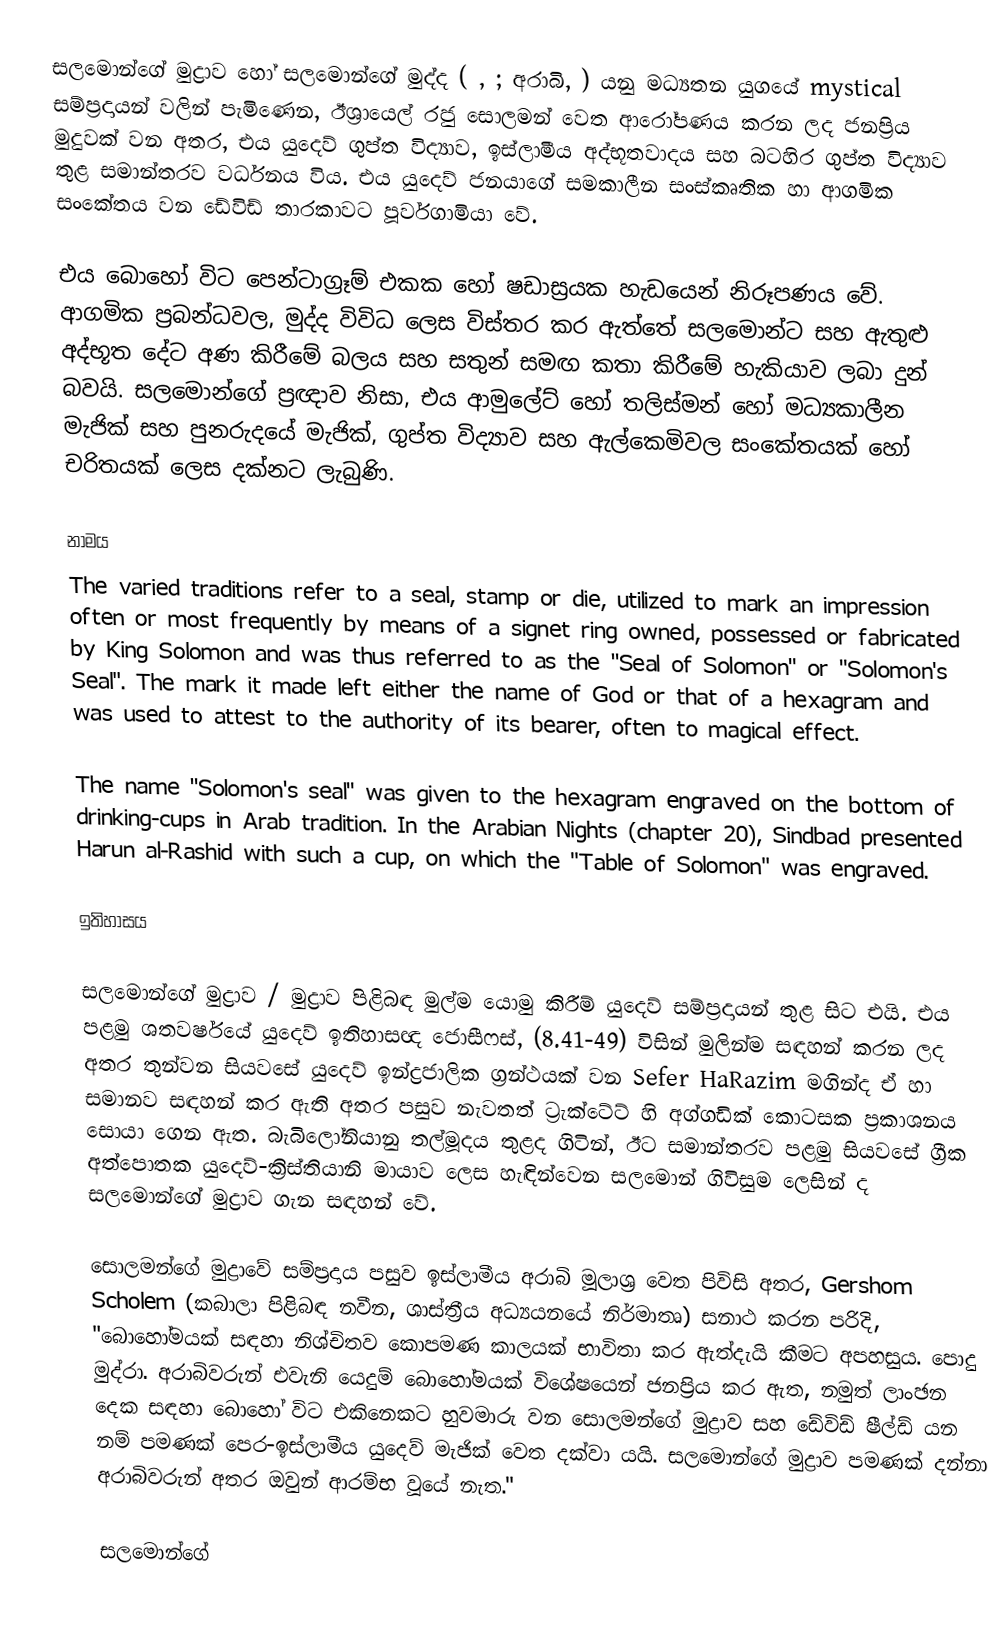
සලමොන්ගේ මුද්‍රාව හෝ සලමොන්ගේ මුද්ද (    ,  ; අරාබි,  ) යනු මධ්‍යතන යුගයේ mystical සම්ප්‍රදායන් වලින් පැමිණෙන, ඊශ්‍රායෙල් රජු සොලමන් වෙත ආරෝපණය කරන ලද ජනප්‍රිය මුදුවක් වන අතර, එය යුදෙව් ගුප්ත විද්‍යාව, ඉස්ලාමීය අද්භූතවාදය සහ බටහිර ගුප්ත විද්‍යාව තුළ සමාන්තරව වර්ධනය විය. එය යුදෙව් ජනයාගේ සමකාලීන සංස්කෘතික හා ආගමික සංකේතය වන ඩේවිඩ් තාරකාවට පූර්වගාමියා වේ.

එය බොහෝ විට පෙන්ටාග්‍රෑම් එකක හෝ ෂඩාස්‍රයක හැඩයෙන් නිරූපණය වේ. ආගමික ප්‍රබන්ධවල, මුද්ද විවිධ ලෙස විස්තර කර ඇත්තේ සලමොන්ට  සහ  ඇතුළු අද්භූත දේට අණ කිරීමේ බලය සහ සතුන් සමඟ කතා කිරීමේ හැකියාව ලබා දුන් බවයි. සලමොන්ගේ ප්‍රඥාව නිසා, එය ආමුලේට් හෝ තලිස්මන් හෝ මධ්‍යකාලීන මැජික් සහ පුනරුදයේ මැජික්, ගුප්ත විද්‍යාව සහ ඇල්කෙමිවල සංකේතයක් හෝ චරිතයක් ලෙස දක්නට ලැබුණි.

නාමය
The varied traditions refer to a  seal, stamp or die, utilized to mark an impression often or most frequently by means of a signet ring owned, possessed or fabricated by King Solomon and was thus referred to as the "Seal of Solomon" or "Solomon's Seal". The mark it made left either the name of God or that of a hexagram and was used to attest to the authority of its bearer, often to magical effect.

The name "Solomon's seal" was given to the hexagram engraved on the bottom of drinking-cups in Arab tradition. In the Arabian Nights (chapter 20), Sindbad presented Harun al-Rashid with such a cup, on which the "Table of Solomon" was engraved.

ඉතිහාසය

සලමොන්ගේ මුද්‍රාව / මුද්‍රාව පිළිබඳ මුල්ම යොමු කිරීම් යුදෙව් සම්ප්‍රදායන් තුළ සිට එයි. එය පළමු ශතවර්ෂයේ යුදෙව් ඉතිහාසඥ ජොසීෆස්,  (8.41-49) විසින් මුලින්ම සඳහන් කරන ලද අතර තුන්වන සියවසේ යුදෙව් ඉන්ද්‍රජාලික ග්‍රන්ථයක් වන Sefer HaRazim  මගින්ද ඒ හා සමානව සඳහන් කර ඇති අතර පසුව නැවතත් ට්‍රැක්ටේට් හි අග්ගඩික් කොටසක ප්‍රකාශනය සොයා ගෙන ඇත. බැබිලෝනියානු තල්මූදය තුළද ගිටින්,  ඊට සමාන්තරව පළමු සියවසේ ග්‍රීක අත්පොතක යුදෙව්-ක්‍රිස්තියානි මායාව ලෙස හැඳින්වෙන සලමොන් ගිවිසුම ලෙසින් ද සලමොන්ගේ මුද්‍රාව ගැන සඳහන් වේ.

සොලමන්ගේ මුද්‍රාවේ සම්ප්‍රදාය පසුව ඉස්ලාමීය අරාබි මූලාශ්‍ර වෙත පිවිසි අතර, Gershom Scholem (කබාලා පිළිබඳ නවීන, ශාස්ත්‍රීය අධ්‍යයනයේ නිර්මාතෘ) සනාථ කරන පරිදි, "බොහෝමයක් සඳහා නිශ්චිතව කොපමණ කාලයක් භාවිතා කර ඇත්දැයි කීමට අපහසුය. පොදු මුද්රා. අරාබිවරුන් එවැනි යෙදුම් බොහෝමයක් විශේෂයෙන් ජනප්‍රිය කර ඇත, නමුත් ලාංඡන දෙක සඳහා බොහෝ විට එකිනෙකට හුවමාරු වන සොලමන්ගේ මුද්‍රාව සහ ඩේවිඩ් ෂීල්ඩ් යන නම් පමණක් පෙර-ඉස්ලාමීය යුදෙව් මැජික් වෙත දක්වා යයි. සලමොන්ගේ මුද්‍රාව පමණක් දන්නා අරාබිවරුන් අතර ඔවුන් ආරම්භ වූයේ නැත."

සලමොන්ගේ